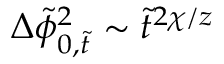
\Delta \tilde { \phi } _ { 0 , \tilde { t } } ^ { 2 } \sim \tilde { t } ^ { 2 \chi / z }